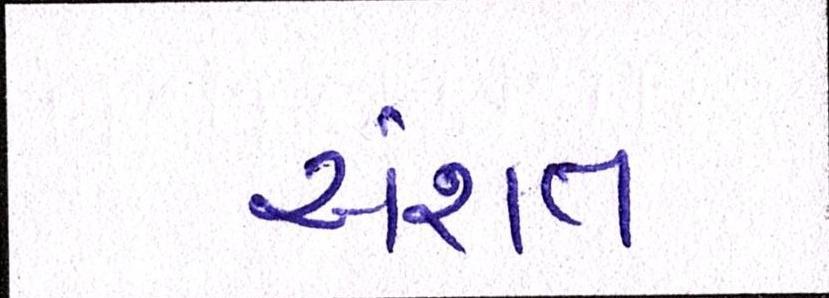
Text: અંશત